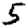
Digit: 5